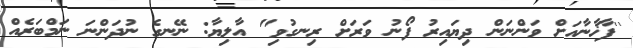
''ފާޚާނާއަށް ވަންނަން ދިޔައިރު ފޯނު ވަރަށް ރިނގުވި" އާލިޔާ: ނޭނގެ ނުދަންނަ ނަމްބަރެއް